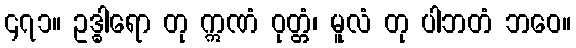
၄၇၁။ ဥဒ္ဓါရော တု ဣဏံ ဝုတ္တံ၊ မူလံ တု ပါဘတံ ဘဝေ။